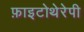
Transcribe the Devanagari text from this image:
फ़ाइटोथेरेपी